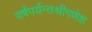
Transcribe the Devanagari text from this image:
वर्षपर्यन्तश्रीगणेश